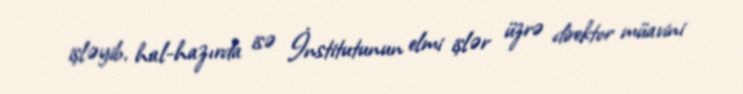
işləyib, hal-hazırda isə İnstitutunun elmi işlər üzrə direktor müavini